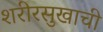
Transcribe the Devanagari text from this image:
शरीरसुखाची